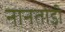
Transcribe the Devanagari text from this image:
नानतोड़ी